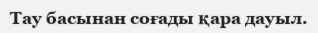
Тау басынан соғады қара дауыл.